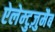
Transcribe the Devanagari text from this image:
ऐलेम्टुज़ुमैब